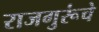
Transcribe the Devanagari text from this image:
राजगुरूंचे